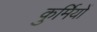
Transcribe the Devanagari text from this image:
कुर्मियों